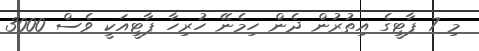
މި 7 ޕާޓީގެ އިތުރުން ދެން ހިމެނޭ ހުރިހާ ޕާޓީއަކީ ވެސް 3000